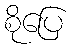
စိုပြေ